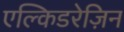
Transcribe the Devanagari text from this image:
एल्किडरेज़िन